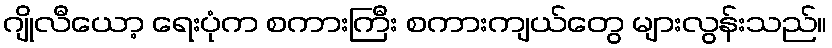
ဂျိုလီယော့ ရေးပုံက စကားကြီး စကားကျယ်တွေ များလွန်းသည်။